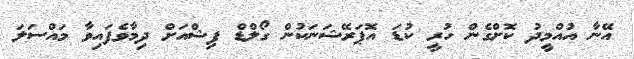
އޭނާ އުއްމީދު ކޮށްގެން ހުރީ ކުޑަ އޮޕަރޭޝަނަކުން ގޯލްޑް ފިޝްއަށް ދިމާވެފައިވާ މައްސަލަ